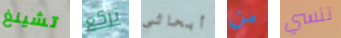
تشينغ تركع أبحاثي من تنسي